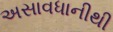
અસાવધાનીથી